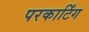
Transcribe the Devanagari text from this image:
परकार्टिंग